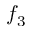
f _ { 3 }